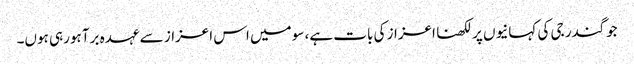
جوگندر جی کی کہانیوں پر لکھنا اعزاز کی بات ہے، سو میں اس اعزاز سے عہدہ برآ ہورہی ہوں۔